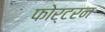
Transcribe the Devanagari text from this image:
फोर्टरन